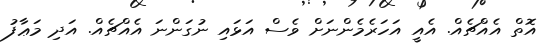
އޮތް އެއްޗެއް. އެއީ އަހަރެމެންނަށް ވެސް އަޅައި ނުގަންނަ އެއްޗެއް. އަދި މަޢާފު